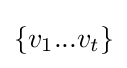
\{v_{1}...v_{t}\}